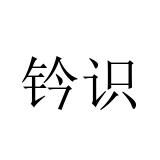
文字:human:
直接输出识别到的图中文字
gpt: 钤识